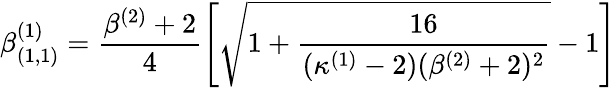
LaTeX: \beta_{(1,1)}^{(1)}=\frac{\beta^{(2)}+2}{4}\left[\sqrt{1+\frac{16}{(\kappa^{(1)}-2)(\beta^{(2)}+2)^{2}}}-1\right]